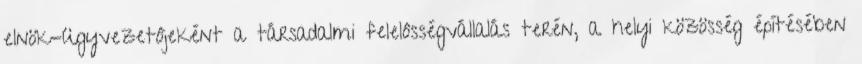
elnök-ügyvezetôjeként a társadalmi felelôsségvállalás terén, a helyi közösség építésében